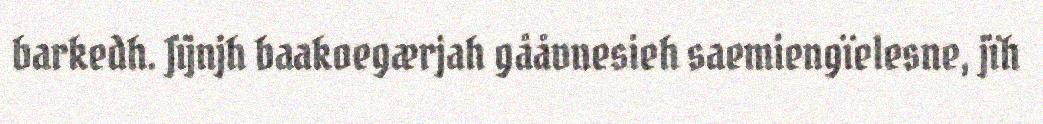
barkedh. Jïjnjh baakoegærjah gååvnesieh saemiengïelesne, jïh